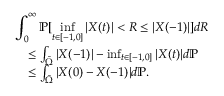
\begin{array} { r l } { \lefteqn { \int _ { 0 } ^ { \infty } \mathbb { P } [ \operatorname* { i n f } _ { t \in [ - 1 , 0 ] } | X ( t ) | < R \le | X ( - 1 ) | ] d R } } \\ & { \le \int _ { \bar { \Omega } } | X ( - 1 ) | - \operatorname* { i n f } _ { t \in [ - 1 , 0 ] } | X ( t ) | d \mathbb { P } } \\ & { \le \int _ { \bar { \Omega } } | X ( 0 ) - X ( - 1 ) | d \mathbb { P } . } \end{array}